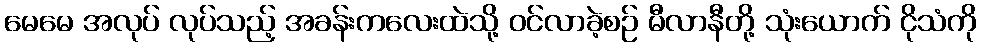
မေမေ အလုပ် လုပ်သည့် အခန်းကလေးထဲသို့ ဝင်လာခဲ့စဉ် မီလာနီတို့ သုံးယောက် ငိုသံကို